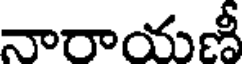
నారాయణీ